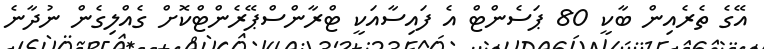
އޭގެ ތެރެއިން ބާކީ 80 ޕަސެންޓް އެ ފައިސާއަކީ ޓްރާންސްޕޭރެންޓްކޮށް ގެއްލިގެން ނުދާނެ